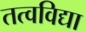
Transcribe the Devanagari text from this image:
तत्वविद्या